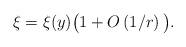
LaTeX: \begin{align*} \xi=\xi(y)\big(1+O\left(1/r\right)\big). \end{align*}